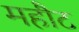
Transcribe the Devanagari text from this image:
महौट